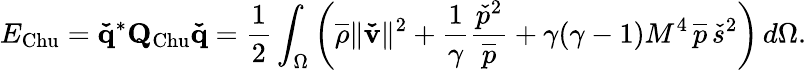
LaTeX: E_{\mathrm{Chu}}=\mathbf{\check{q}}^{*}\mathbf{Q}_{\mathrm{Chu}}\mathbf{\check{q}}=\frac{1}{2}\int_{\Omega}\left(\overline{{\rho}}\| \mathbf{\check{v}}\| ^{2}+\frac{1}{\gamma}\frac{\check{p}^{2}}{\overline{{p}}}+\gamma(\gamma-1)M^{4}\, \overline{{p}}\, \check{s}^{2}\right)\, d\Omega.